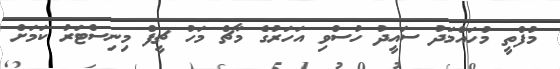
މުފްތީ މުހައްމަދު ސައީދު ހުސްވި އަހަރުގެ މާޗް މަހު ޗީފް މިނިސްޓަރު ކަމަށް